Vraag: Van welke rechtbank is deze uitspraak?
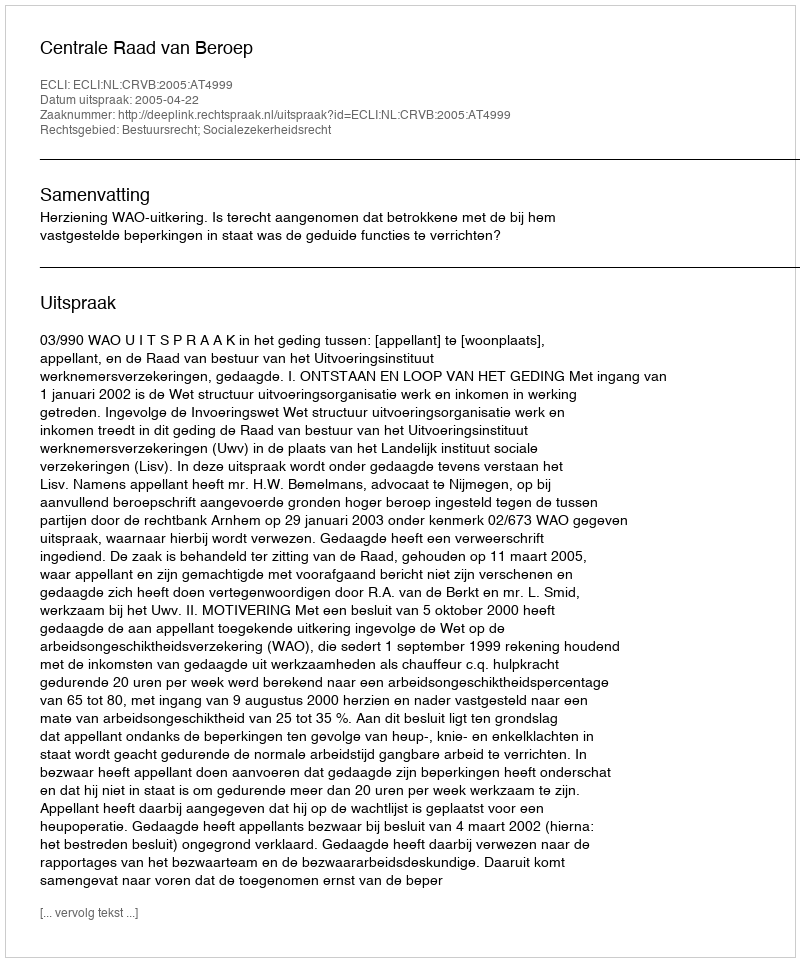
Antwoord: Centrale Raad van Beroep